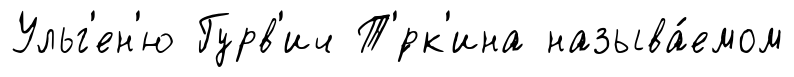
Ульг'ен'ю Гурв'ич Т'́рк'ина называ́емом